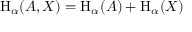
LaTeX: \mathrm { H } _ { \alpha } ( A , X ) = \mathrm { H } _ { \alpha } ( A ) + \mathrm { H } _ { \alpha } ( X )